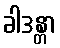
ခါဒန္တာ